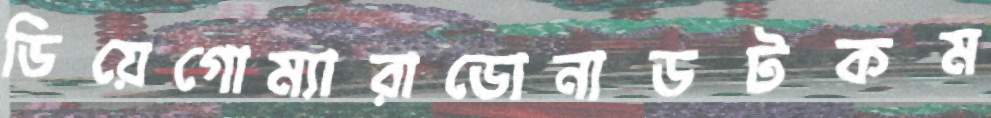
ডিয়েগোম্যারাডোনাডটকম